Scientific memoirs by medical officers of the Army of India - Part X,
Year: 1897
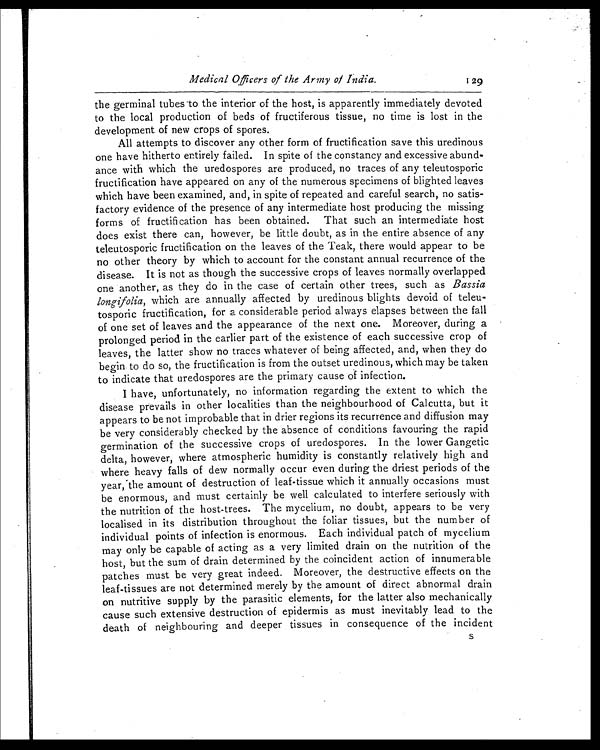
Medical Officers of the Army of India. 129
the germinal tubes to the interior of the host, is apparently immediately devoted
to the local production of beds of fructiferous tissue, no time is lost in the
development of new crops of spores.
All attempts to discover any other form of fructification save this uredinous
one have hitherto entirely failed. In spite of the constancy and excessive abund-
ance with which the uredospores are produced, no traces of any teleutosporic
fructification have appeared on any of the numerous specimens of blighted leaves
which have been examined, and, in spite of repeated and careful search, no satis-
factory evidence of the presence of any intermediate host producing the missing
forms of fructification has been obtained. That such an intermediate host
does exist there can, however, be little doubt, as in the entire absence of any
teleutosporic fructification on the leaves of the Teak, there would appear to be
no other theory by which to account for the constant annual recurrence of the
disease. It is not as though the successive crops of leaves normally overlapped
one another, as they do in the case of certain other trees, such as Bassia
longifolia, which are annually affected by uredinous blights devoid of teleu-
tosporic fructification, for a considerable period always elapses between the fall
of one set of leaves and the appearance of the next one. Moreover, during a
prolonged period in the earlier part of the existence of each successive crop of
leaves, the latter show no traces whatever of being affected, and, when they do
begin to do so, the fructification is from the outset uredinous, which may be taken
to indicate that uredospores are the primary cause of infection.
I have, unfortunately, no information regarding the extent to which the
disease prevails in other localities than the neighbourhood of Calcutta, but it
appears to be not improbable that in drier regions its recurrence and diffusion may
be very considerably checked by the absence of conditions favouring the rapid
germination of the successive crops of uredospores. In the lower Gangetic
delta, however, where atmospheric humidity is constantly relatively high and
where heavy falls of dew normally occur even during the driest periods of the
year, the amount of destruction of leaf-tissue which it annually occasions must
be enormous, and must certainly be well calculated to interfere seriously with
the nutrition of the host-trees. The mycelium, no doubt, appears to be very
localised in its distribution throughout the foliar tissues, but the number of
individual points of infection is enormous. Each individual patch of mycelium
may only be capable of acting as a very limited drain on the nutrition of the
host, but the sum of drain determined by the coincident action of innumerable
patches must be very great indeed. Moreover, the destructive effects on the
leaf-tissues are not determined merely by the amount of direct abnormal drain
on nutritive supply by the parasitic elements, for the latter also mechanically
cause such extensive destruction of epidermis as must inevitably lead to the
death of neighbouring and deeper tissues in consequence of the incident S